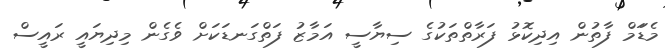
މެޑަަމް ފާތުން އިދިކޮޅު ފަރާތްތަކުގެ ސިޔާސީ އަމާޒު ފަތްގަނޑަކަށް ވެގެން މިދިޔައީ ރައީސް